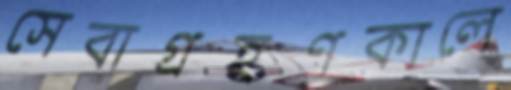
সেবাগ্রহণকালে